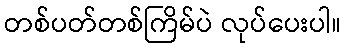
တစ်ပတ်တစ်ကြိမ်ပဲ လုပ်ပေးပါ။